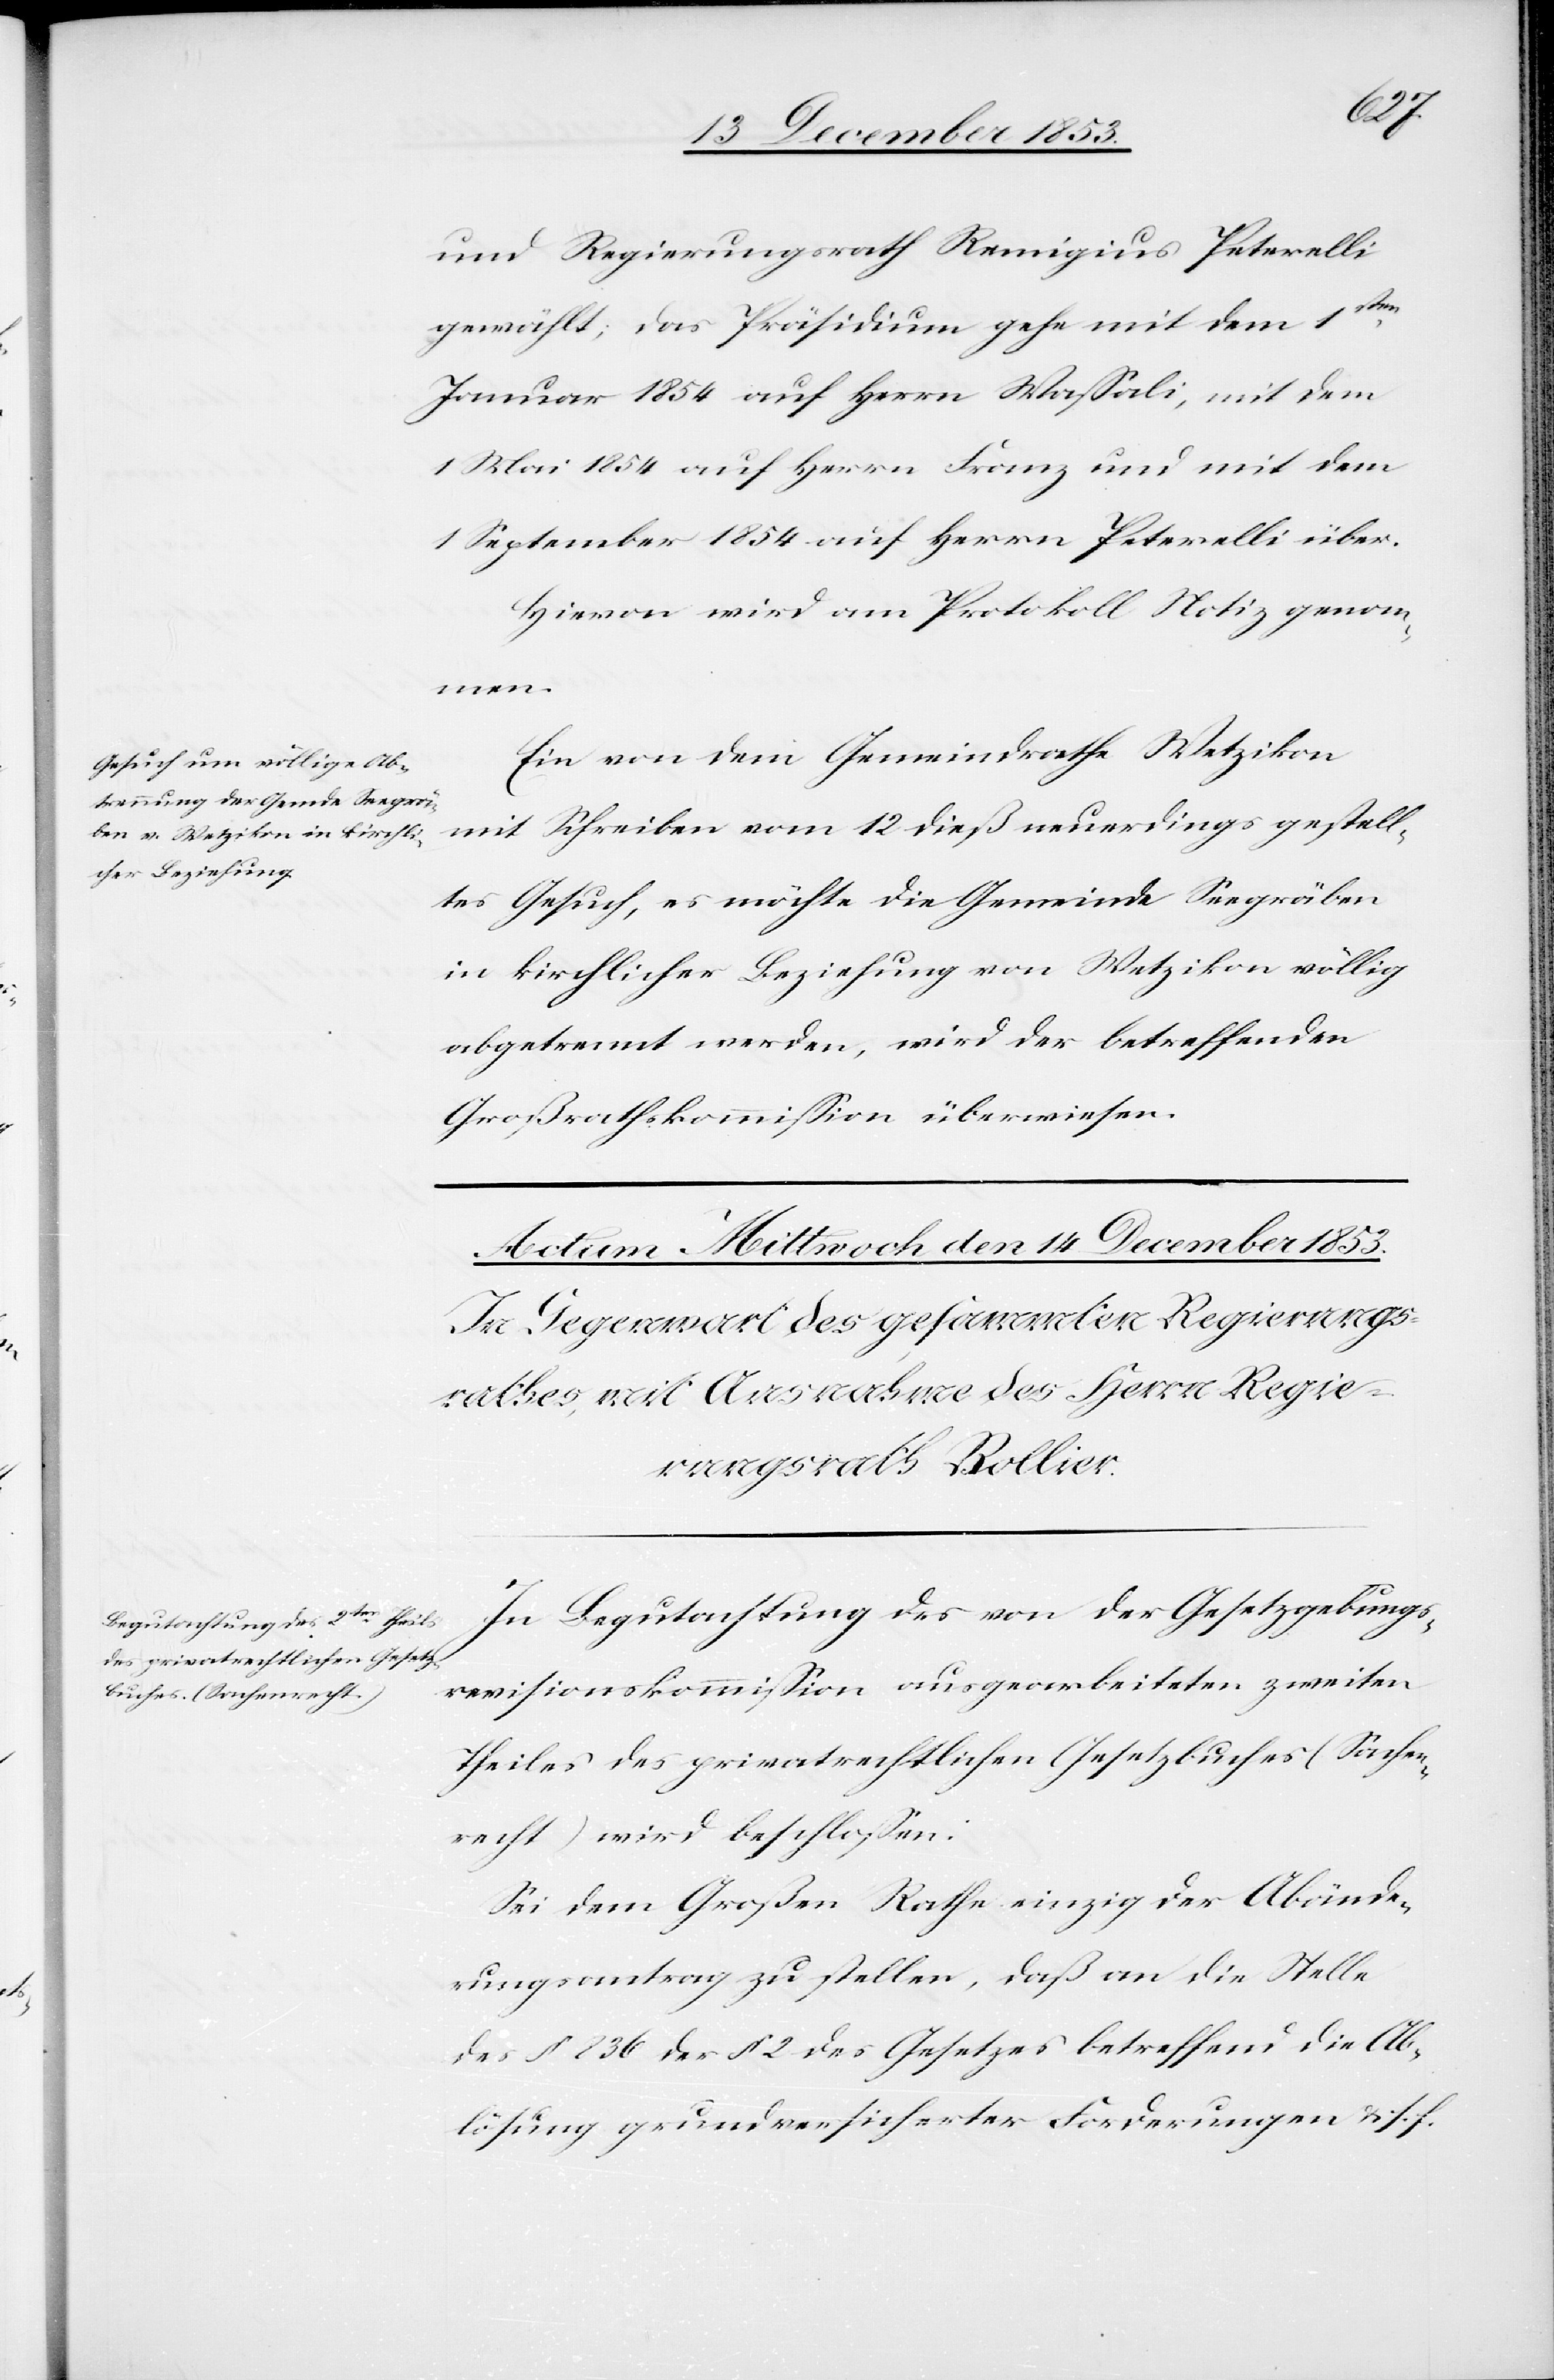
und Regierungsrath Remigius Peterelli
gewählt; das Präsidium gehe mit dem 1sten
Januar 1854 auf Herrn Waßali, mit dem
1 Mai 1854 auf Herrn Franz und mit dem
1 September 1854 auf Herrn Peterelli über.
Hievon wird am Protokoll Notiz genom¬
men.
Ein von dem Gemeindrathe Wetzikon
mit Schreiben vom 12 dieß neuerdings gestell¬
tes Gesuch, es möchte die Gemeinde Seegräben
in kirchlicher Beziehung von Wetzikon völlig
abgetrennt werden, wird der betreffenden
Großrathskommißion überwiesen.
In Begutachtung des von der Gesetzgebungs¬
revisionskommißion ausgearbeiteten zweiten
Theiles des privatrechtlichen Gesetzbuches (Sachen¬
recht) wird beschloßen:
Sei dem Großen Rathe einzig der Abände¬
rungsantrag zu [zu]stellen, daß an die Stelle
des § 236 der § 2 des Gesetzes betreffend die Ab¬
lösung grundversicherter Forderungen u. s. f.